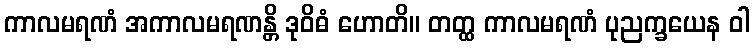
ကာလမရဏံ အကာလမရဏန္တိ ဒုဝိဓံ ဟောတိ။ တတ္ထ ကာလမရဏံ ပုညက္ခယေန ဝါ